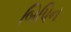
બિપિન